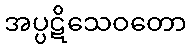
အပ္ပဋိသေဝတော